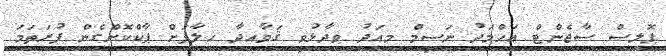
ޕޮލިސް ސާޖެންޓް އަހްމަދު ނަސީމް މިއަދު ވިދާޅުވީ ޤަވާއިދާ ޚިލާފަށް ޕާކްކޮށްގެން ފުރަތަމަ